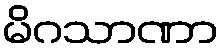
မိဂသာဏာ